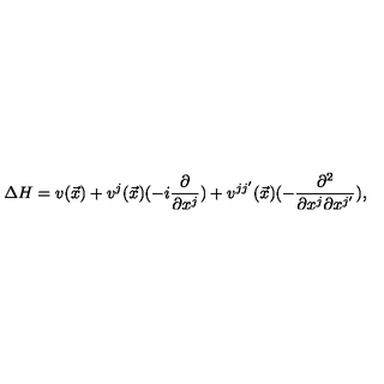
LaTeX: \Delta H = v ( \vec { x } ) + v ^ { j } ( \vec { x } ) ( - i \frac { \partial } { \partial x ^ { j } } ) + v ^ { j j ^ { \prime } } ( \vec { x } ) ( - \frac { \partial ^ { 2 } } { \partial x ^ { j } \partial x ^ { j ^ { \prime } } } ) ,